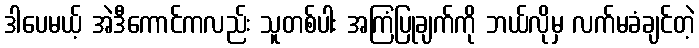
ဒါပေမယ့် အဲဒီကောင်ကလည်း သူတစ်ပါး အကြံပြုချက်ကို ဘယ်လိုမှ လက်မခံချင်တဲ့